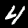
Digit: 4